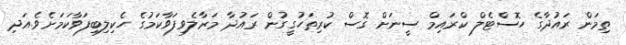
ތިމަން ރައުދާގެ ހޮސްޓެލް ކްރައިމް ސީނަށް ގޮސް ކުރިތަހުގީގުން ރައުދާ މަރާލެވިފަވާކަމުގެ ހެކިލިބިފަވާކަމަށެވެ.އަދި